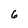
Character: 6